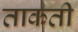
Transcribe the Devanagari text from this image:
ताकती